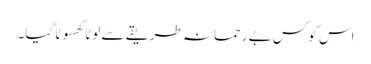
اس کو کس بے رحمانہ طریقے سے لوٹا کھسوٹا گیا۔